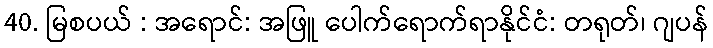
40. မြစပယ် : အရောင်: အဖြူ ပေါက်ရောက်ရာနိုင်ငံ: တရုတ်၊ ဂျပန်